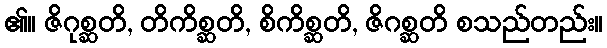
၏။ ဇိဂုစ္ဆတိ, တိကိစ္ဆတိ, စိကိစ္ဆတိ, ဇိဂစ္ဆတိ စသည်တည်း။